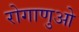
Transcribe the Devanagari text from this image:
रोगाणुओ